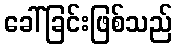
ခေါ်ခြင်းဖြစ်သည်